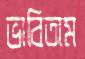
ভাবিতাম